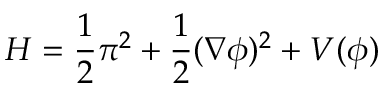
{ \cal H } = \frac { 1 } { 2 } \pi ^ { 2 } + \frac { 1 } { 2 } ( \nabla \phi ) ^ { 2 } + V ( \phi )